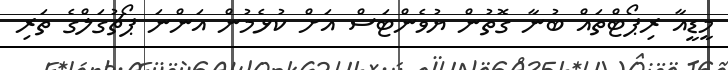
މީޑީއާ ރިޕޯޓްތައް ބުނާ ގޮތުން ޔުވެންޓަސް އަށް ކުޅެމުން އަންނަ ޕޯޗުގަލްގެ ތަރި